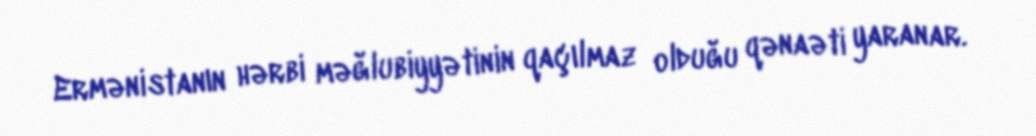
Ermənistanın hərbi məğlubiyyətinin qaçılmaz olduğu qənaəti yaranar.